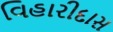
વિહારીદાસ